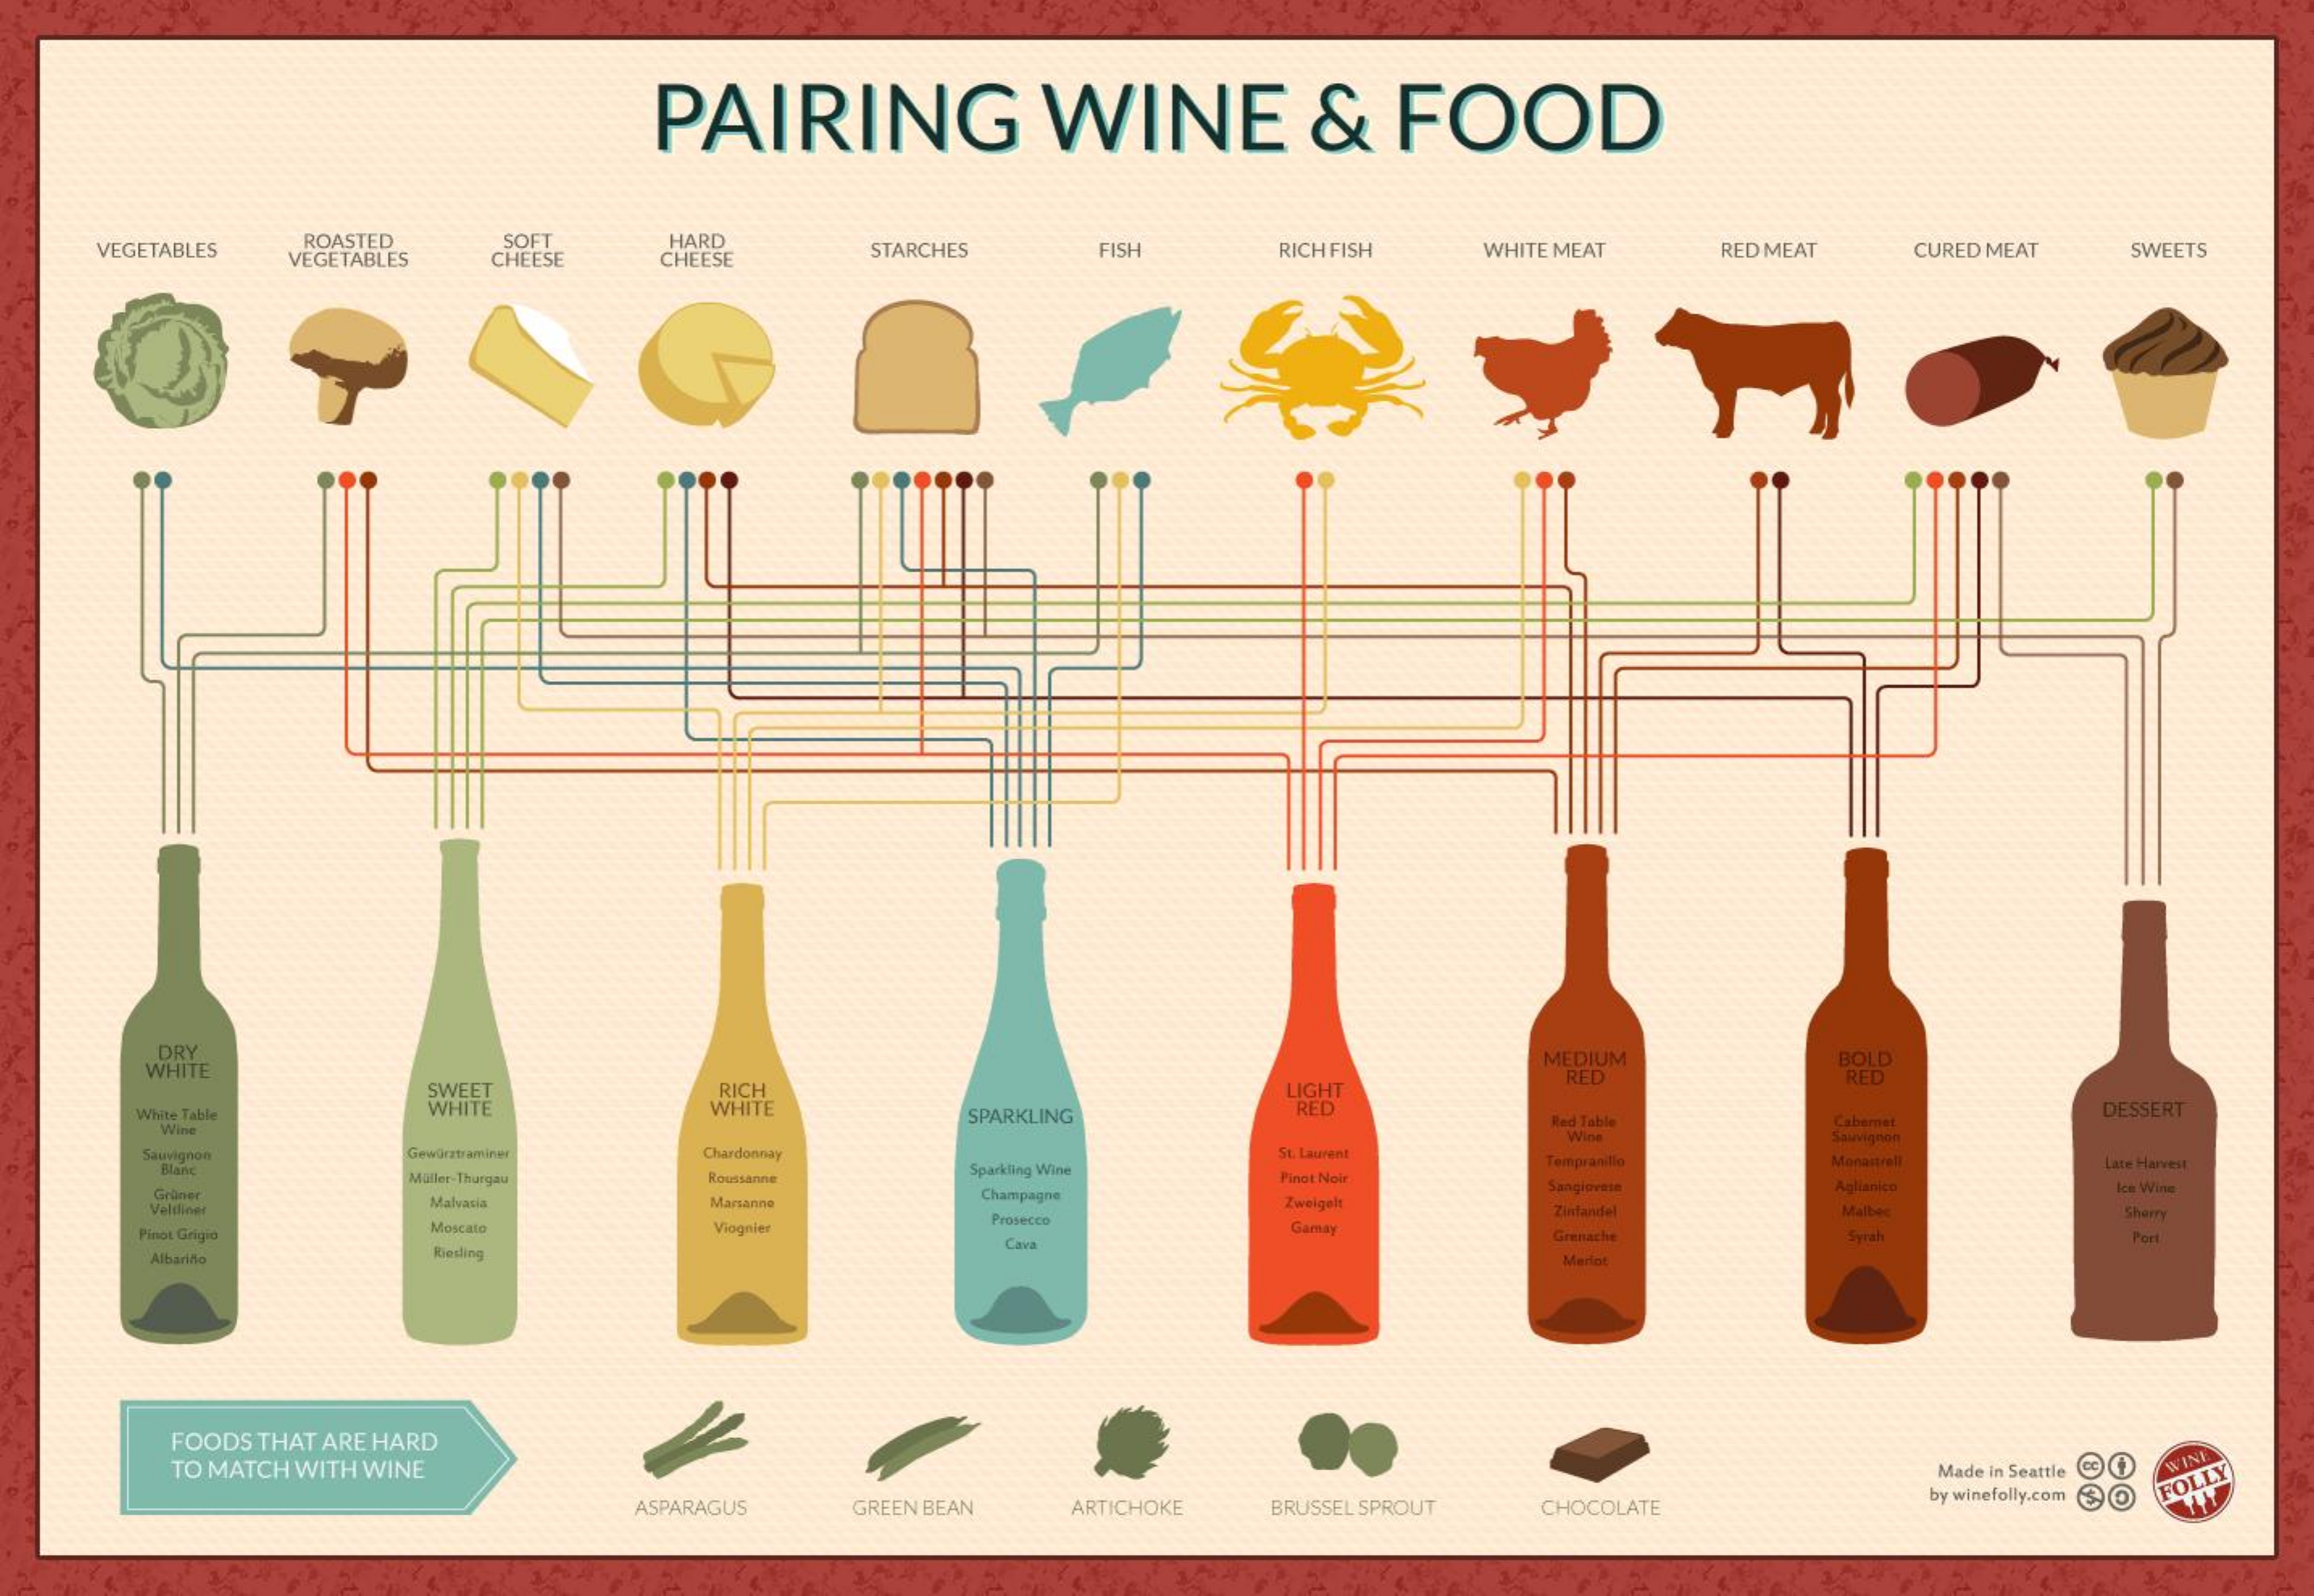
PAIRING    WINE    &   FOOD
     VEGETABLES
     ROASTED  SOFT    HARD
     STARCHES   FISH    RICH FISH WHITE MEAT RED MEAT CURED MEAT SWEETS VEGETABLES CHEESE CHEESE
     DRY    MEDIUM    BOLD
     WHITE    RED    RED
     SWEET    RICH    LIGHT
     WHITE    DESSERT White Table WHITE SPARKLING
     RED
     Rad Table    Cabaret Wine
     Wine    Sauvignon
     St. Laurent Sauvignon Gewurztraminer Chardonnay Tempranillo Monastrell Late Harvest Blanc
     Muller-Thurgau    Sparkling Wine
     Roussanne    Pinot Noir
     Champagne    Sangiovese   Aglianico    Ice Wine Grüner Zweigelt Veliliner Malvasia Marsanne Zinfandel Malbec Sherry
     Pinot Grigio  Moscato    Viognier
     Prosecco
     Gamøy    Port Cava Grenache
     Albariño    Riesling    Merlot
     FOODS THAT ARE HARD
     TO MATCH WITH WINE    Made in Seattle 9 WINE
     ASPARAGUS GREEN BEAN ARTICHOKE BRUSSEL SPROUT CHOCOLATE
     by winefolly.com O
     FOLLY